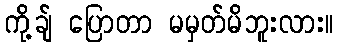
ကို့ချ် ပြောတာ မမှတ်မိဘူးလား။